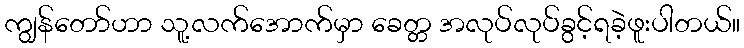
ကျွန်တော်ဟာ သူ့လက်အောက်မှာ ခေတ္တ အလုပ်လုပ်ခွင့်ရခဲ့ဖူးပါတယ်။